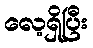
လေ့ရှိပြီး